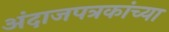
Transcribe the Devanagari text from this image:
अंदाजपत्रकांच्या